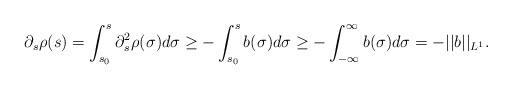
LaTeX: \begin{align*}\partial_s \rho(s)=\int_{s_0}^s\partial^2_s \rho(\sigma)d\sigma \geq -\int_{s_0}^s b(\sigma)d\sigma \geq -\int_{-\infty}^\infty b(\sigma)d\sigma=-||b||_{L^1}.\end{align*}